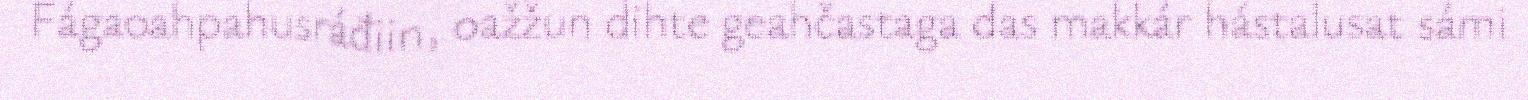
Fágaoahpahusráđiin, oažžun dihte geahčastaga das makkár hástalusat sámi